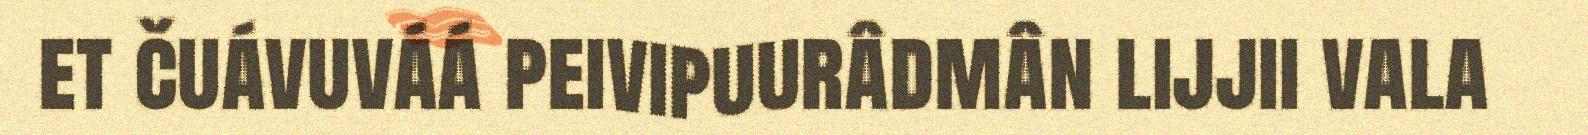
et čuávuváá peivipuurâdmân lijjii vala